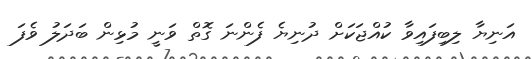
އަނިޔާ ލިބިފައިވާ ކުއްޖަކަށް ދުނިޔެ ފެންނަ ގޮތް ވަނީ މުޅިން ބަދަލު ވެފަ